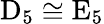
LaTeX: \mathrm{D}_{5}\cong\mathrm{E}_{5}